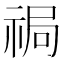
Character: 𱵔